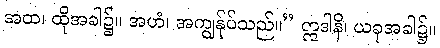
အထ၊ ထိုအခါ၌။ အဟံ၊ အကျွန်ုပ်သည်။” ဣဒါနိ၊ ယခုအခါ၌။